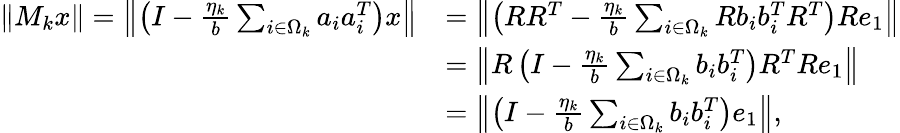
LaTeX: \begin{array}{rl}{\Vert M_{k}x\Vert=\left\Vert\left(I-\frac{\eta_{k}}{b}\sum_{i\in\Omega_{k}}a_{i}a_{i}^{T}\right)x\right\Vert}&{=\left\Vert\left(RR^{T}-\frac{\eta_{k}}{b}\sum_{i\in\Omega_{k}}Rb_{i}b_{i}^{T}R^{T}\right)Re_{1}\right\Vert}\\ &{=\left\Vert R\left(I-\frac{\eta_{k}}{b}\sum_{i\in\Omega_{k}}b_{i}b_{i}^{T}\right)R^{T}Re_{1}\right\Vert}\\ &{=\left\Vert\left(I-\frac{\eta_{k}}{b}\sum_{i\in\Omega_{k}}b_{i}b_{i}^{T}\right)e_{1}\right\Vert,}\end{array}